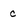
Character: c